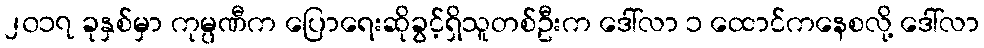
၂၀၁၇ ခုနှစ်မှာ ကုမ္ပဏီက ပြောရေးဆိုခွင့်ရှိသူတစ်ဦးက ဒေါ်လာ ၁ ထောင်ကနေစလို့ ဒေါ်လာ